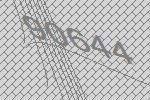
90644